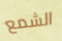
الشمع